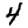
Digit: 4